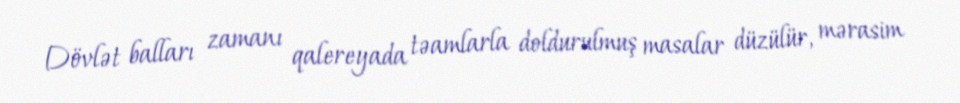
Dövlət balları zamanı qalereyada təamlarla doldurulmuş masalar düzülür, mərasim